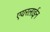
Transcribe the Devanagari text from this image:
एयरलाईन